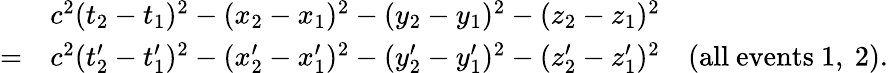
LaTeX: {\begin{array}{rl}&{c^{2}(t_{2}-t_{1})^{2}-(x_{2}-x_{1})^{2}-(y_{2}-y_{1})^{2}-(z_{2}-z_{1})^{2}}\\ {=}&{c^{2}(t_{2}^{\prime}-t_{1}^{\prime})^{2}-(x_{2}^{\prime}-x_{1}^{\prime})^{2}-(y_{2}^{\prime}-y_{1}^{\prime})^{2}-(z_{2}^{\prime}-z_{1}^{\prime})^{2}\quad{\mathrm{(all~events~1,~2)}}.}\end{array}}